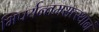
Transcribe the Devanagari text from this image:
भिपर्यन्तमसत्स्थानं